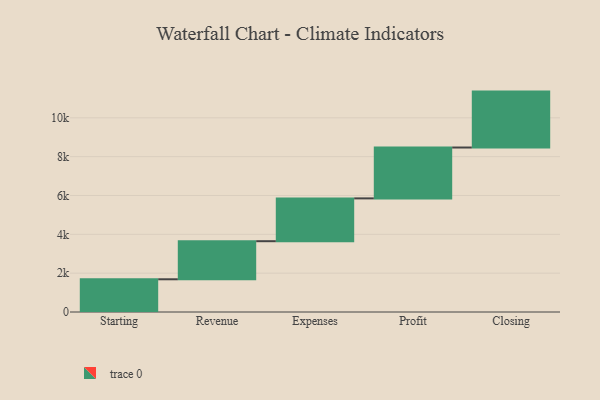
{"axis": {"x": "Step", "y": "Value"}, "legend": [""], "data": [{"x": "Starting", "y": 1685.0, "type": ""}, {"x": "Revenue", "y": 1961.0, "type": ""}, {"x": "Expenses", "y": 2205.0, "type": ""}, {"x": "Profit", "y": 2620.0, "type": ""}, {"x": "Closing", "y": 2879.0, "type": ""}]}